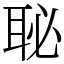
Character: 䎵